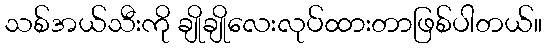
သစ်အယ်သီးကို ချိုချိုလေးလုပ်ထားတာဖြစ်ပါတယ်။